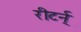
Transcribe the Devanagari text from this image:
रीटर्न्